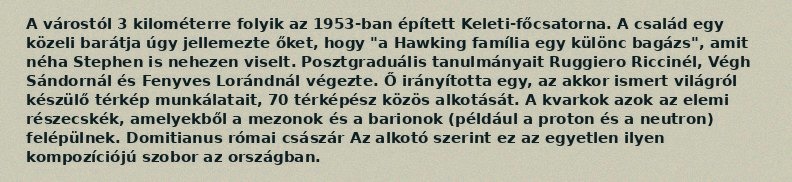
A várostól 3 kilométerre folyik az 1953-ban épített Keleti-főcsatorna. A család egy közeli barátja úgy jellemezte őket, hogy "a Hawking família egy különc bagázs", amit néha Stephen is nehezen viselt. Posztgraduális tanulmányait Ruggiero Riccinél, Végh Sándornál és Fenyves Lorándnál végezte. Ő irányította egy, az akkor ismert világról készülő térkép munkálatait, 70 térképész közös alkotását. A kvarkok azok az elemi részecskék, amelyekből a mezonok és a barionok (például a proton és a neutron) felépülnek. Domitianus római császár Az alkotó szerint ez az egyetlen ilyen kompozíciójú szobor az országban.